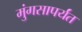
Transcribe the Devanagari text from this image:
मुंगसापर्यंत